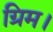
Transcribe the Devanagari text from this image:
ग्रिम।